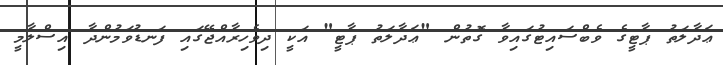
ޢަދާލަތު ޕާޓީގެ ވެބްސައިޓުގައިވާ ގޮތުން "ޢަދާލަތު ޕާޓީ" އަކީ ދިވެހިރާއްޖޭގައި ފަނޑުވަމުންދާ އިސްލާމީ